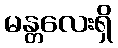
မန္တလေးရှိ